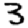
Digit: 3